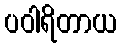
ပဝါရိတာယ